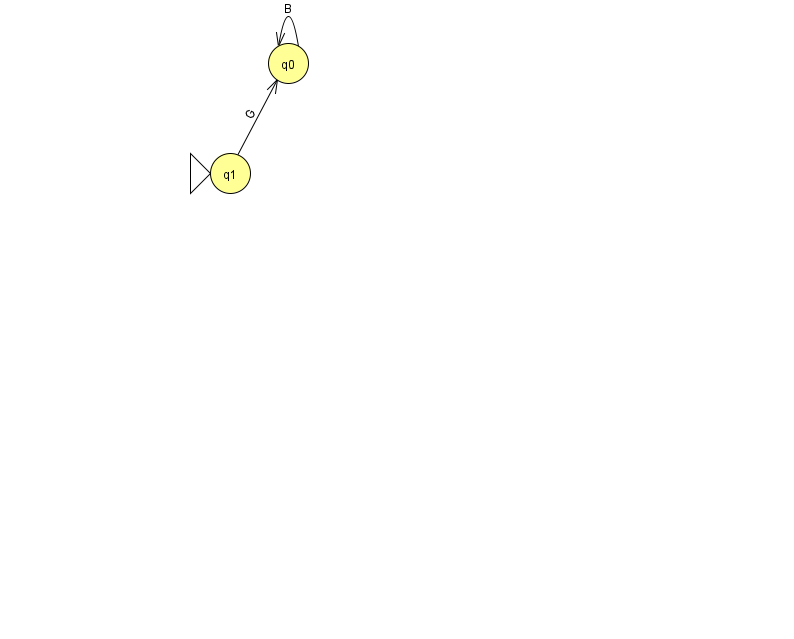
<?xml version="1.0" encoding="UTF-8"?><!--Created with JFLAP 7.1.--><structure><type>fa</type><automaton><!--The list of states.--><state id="0" name="q0"><x>288.0</x><y>50.0</y></state><state id="1" name="q1"><x>230.0</x><y>160.0</y><initial/></state><!--The list of transitions.--><transition><from>0</from><to>0</to><read>B</read></transition><transition><from>1</from><to>0</to><read>G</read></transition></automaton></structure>